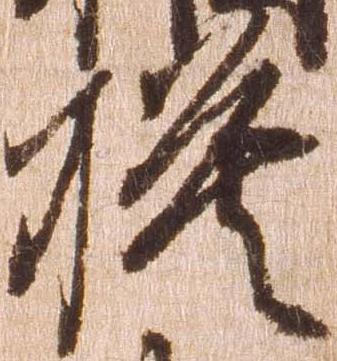
模